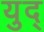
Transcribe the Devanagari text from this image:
युद्